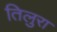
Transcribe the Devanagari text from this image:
तिलुरा